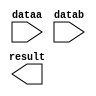
module mult8x8 (
	dataa,
	datab,
	result);

	input	[7:0]  dataa;
	input	[7:0]  datab;
	output	[15:0]  result;

endmodule